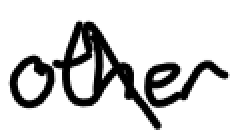
Text: other
Cross-out: diagonal
Writing tool: digital_black